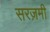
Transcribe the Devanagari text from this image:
सरज़मी